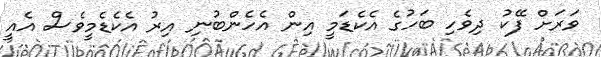
ވަރަށް ފޭކު ދިވެހި ބަހުގެ އެކެޑަމީ އިން އެހެންބުނި އިރު އެކެޑެމީވެސް އެއީ